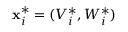
{ \bf x } _ { i } ^ { * } = ( V _ { i } ^ { * } , W _ { i } ^ { * } )